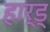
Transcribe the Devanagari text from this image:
हार्ड्